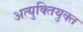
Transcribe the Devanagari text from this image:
अत्युक्तियुक्त